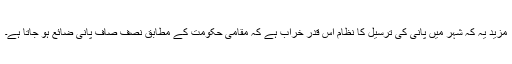
مزید یہ کہ شہر میں پانی کی ترسیل کا نظام اس قدر خراب ہے کہ مقامی حکومت کے مطابق نصف صاف پانی ضائع ہو جاتا ہے۔